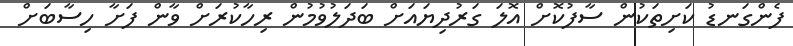
ފެންގަނޑު ކަށިތަކުން ސާފުކޮށް އޮލަ ގަރުދިޔައަށް ބަދަލުވުމުން ރިހާކުރަށް ވާން ފަށާ ހިސާބަށް